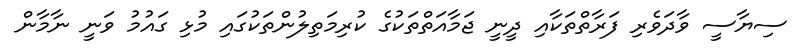
ސިޔާސީ ވާދަވެރި ފަރާތްތަކާއި ދީނީ ޖަމާއަތްތަކުގެ ކުރިމަތިލުންތަކުގައި މުޅި ގައުމު ވަނީ ނާމާން